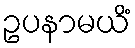
ဥပနာမယိံ